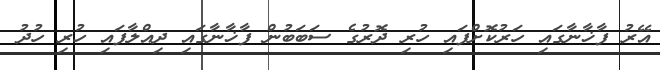
އޭރު ފާޚާނާގައި ހަރުކޮށްފައި ހުރި ދޮރުގެ ސަބަބުން ފާޚާނާގައި ދިއްލާފައި ހުރި ހުދު